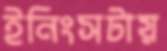
ইনিংসটায়